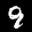
Label: 9